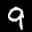
Label: 9